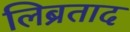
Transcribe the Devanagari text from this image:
लिब्रताद